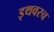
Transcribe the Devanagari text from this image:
इथवरच